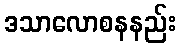
ဒသာလောစနနည်း